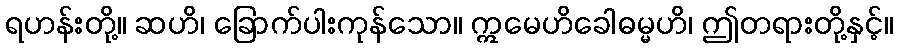
ရဟန်းတို့။ ဆဟိ၊ ခြောက်ပါးကုန်သော။ ဣမေဟိခေါဓမ္မဟိ၊ ဤတရားတို့နှင့်။